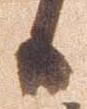
候